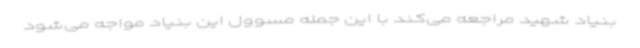
بنیاد شهید مراجعه می‌کند با این جمله مسوول این بنیاد مواجه می‌شود